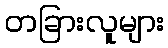
တခြားလူများ